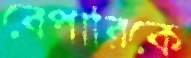
বেপারিকে